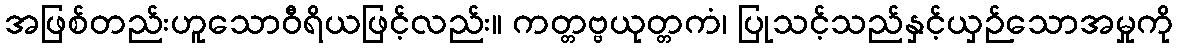
အဖြစ်တည်းဟူသောဝီရိယဖြင့်လည်း။ ကတ္တဗ္ဗယုတ္တကံ၊ ပြုသင့်သည်နှင့်ယှဉ်သောအမှုကို